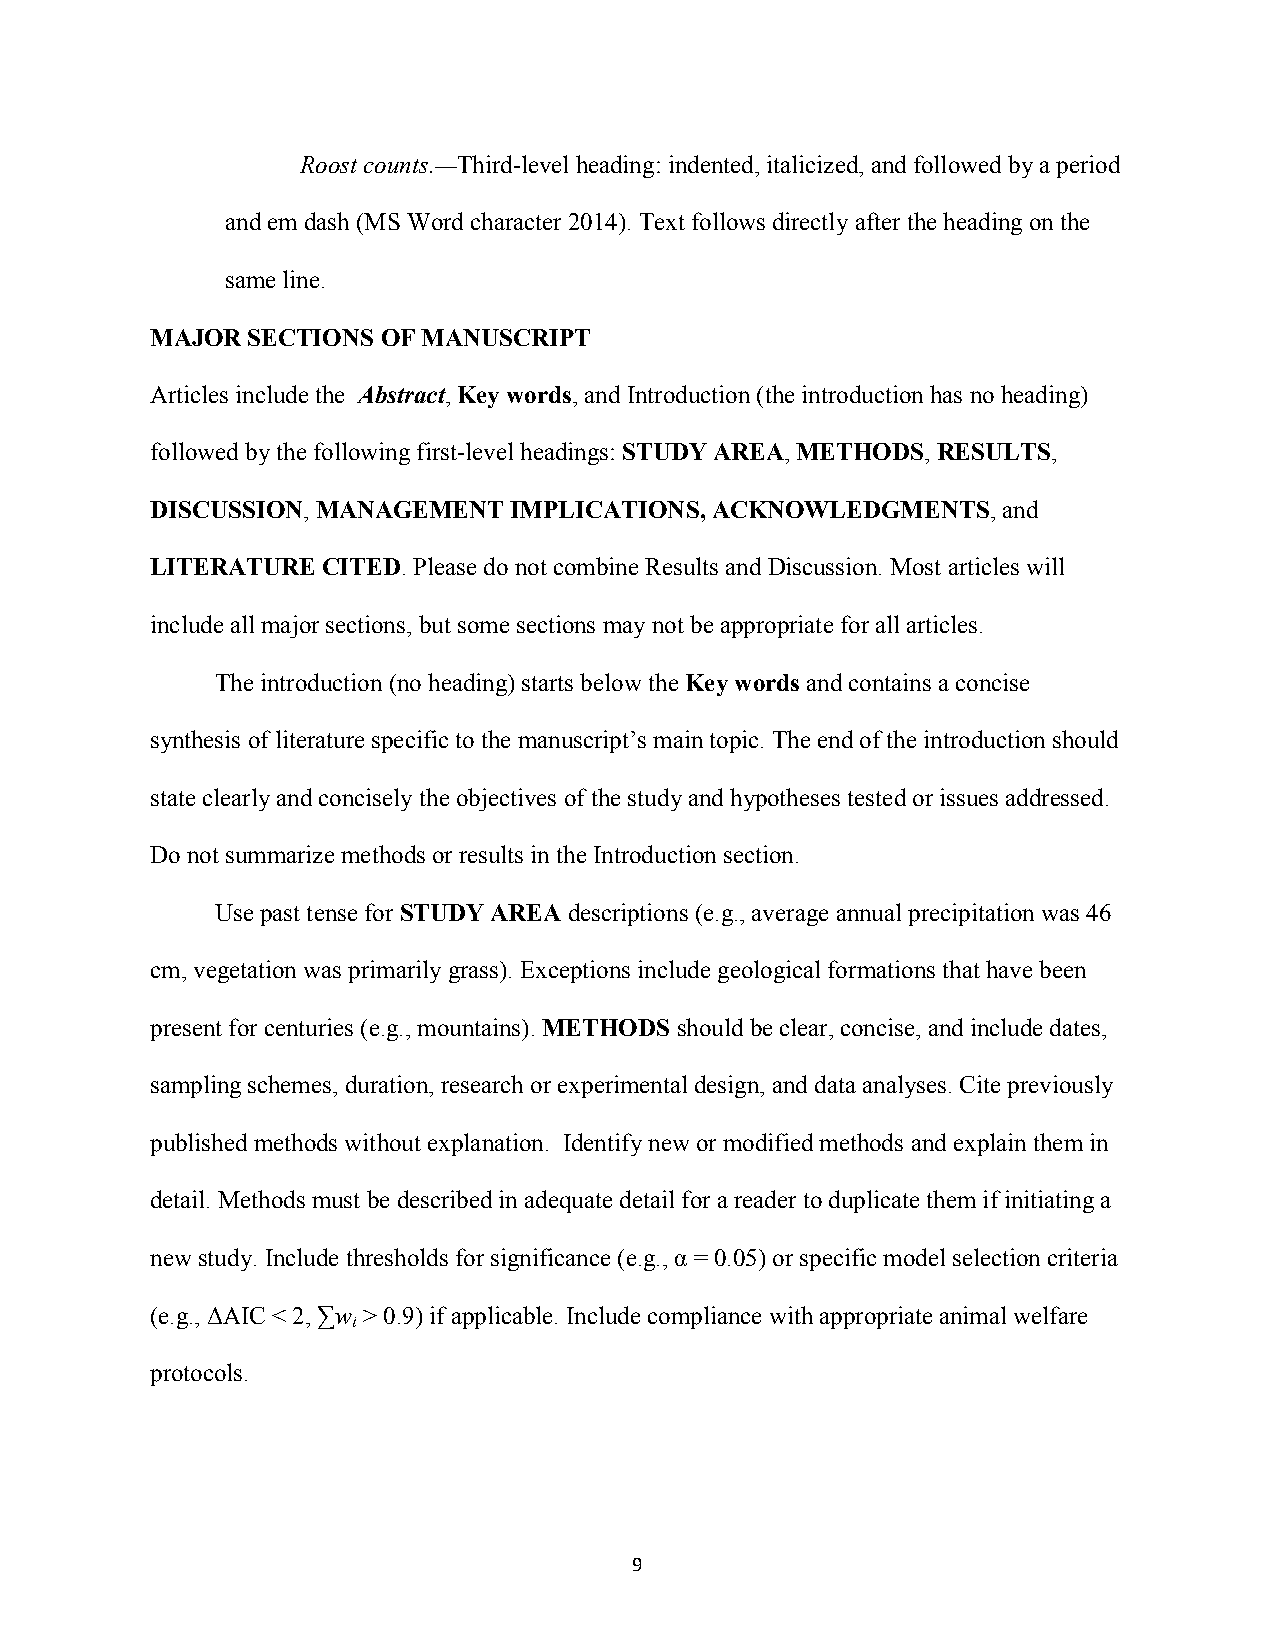
Roost counts.—Third-level heading: indented, italicized, and followed by a period
 and em dash (MS Word character 2014). Text follows directly after the heading on the
 same line.
 MAJOR SECTIONS OF MANUSCRIPT
 Articles include the Abstract, Key words, and Introduction (the introduction has no heading)
 followed by the following first-level headings: STUDY AREA, METHODS, RESULTS,
 DISCUSSION, MANAGEMENT  IMPLICATIONS, ACKNOWLEDGMENTS,  and
 LITERATURE CITED. Please do not combine Results and Discussion. Most articles will
 include all major sections, but some sections may not be appropriate for all articles.
 The introduction (no heading) starts below the Key words and contains a concise
 synthesis of literature specific to the manuscript’s main topic. The end of the introduction should
 state clearly and concisely the objectives of the study and hypotheses tested or issues addressed.
 Do not summarize methods or results in the Introduction section.
 Use past tense for STUDY AREA descriptions (e.g., average annual precipitation was 46
 cm, vegetation was primarily grass). Exceptions include geological formations that have been
 present for centuries (e.g., mountains). METHODS should be clear, concise, and include dates,
 sampling schemes, duration, research or experimental design, and data analyses. Cite previously
 published methods without explanation. Identify new or modified methods and explain them in
 detail. Methods must be described in adequate detail for a reader to duplicate them if initiating a
 new study. Include thresholds for significance (e.g., α = 0.05) or specific model selection criteria
 (e.g., ΔAIC < 2, ∑w > 0.9) if applicable. Include compliance with appropriate animal welfare
 i
 protocols.
 9